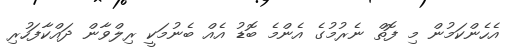
އެހެންކަމުން މި ފޮތް ނެރުމުގެ އެންމެ ބޮޑު އެއް ބެނުމަކީ ރިލްވާން ދައްކާފަހުރި